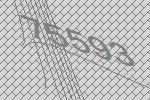
75593